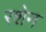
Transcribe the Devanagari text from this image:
रशेन